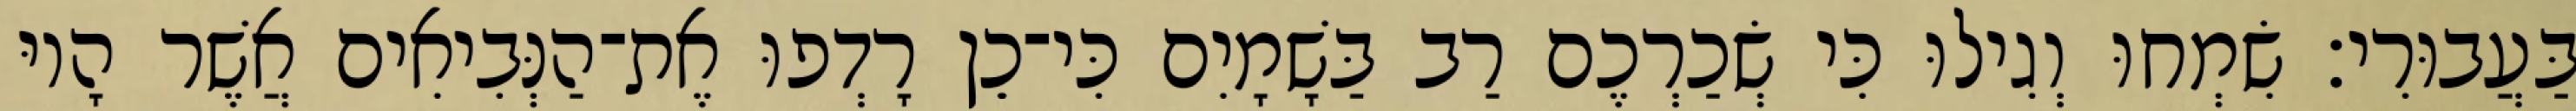
בַּעֲבוּרִי׃ שִׂמְחוּ וְגִילוּ כִּי שְׂכַרְכֶם רַב בַּשָׁמָיִם כִּי־כֵן רָדְפוּ אֶת־הַנְּבִיאִים אֲשֶׁר הָיוּ